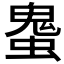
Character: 𰳒